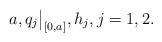
LaTeX: \begin{align*} a, q_j\big|_{[0,a]}, h_j,j=1,2.\end{align*}